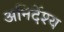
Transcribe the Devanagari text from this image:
अनिर्देश्य